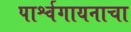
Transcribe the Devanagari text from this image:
पार्श्वगायनाचा